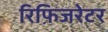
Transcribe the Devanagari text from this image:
रिफ़िजरेटर